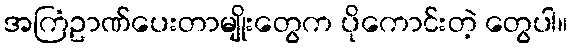
အကြံဥာဏ်ပေးတာမျိုးတွေက ပိုကောင်းတဲ့ တွေပါ။